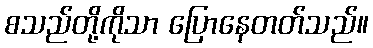
စသည်တို့ကိုသာ ပြောနေတတ်သည်။